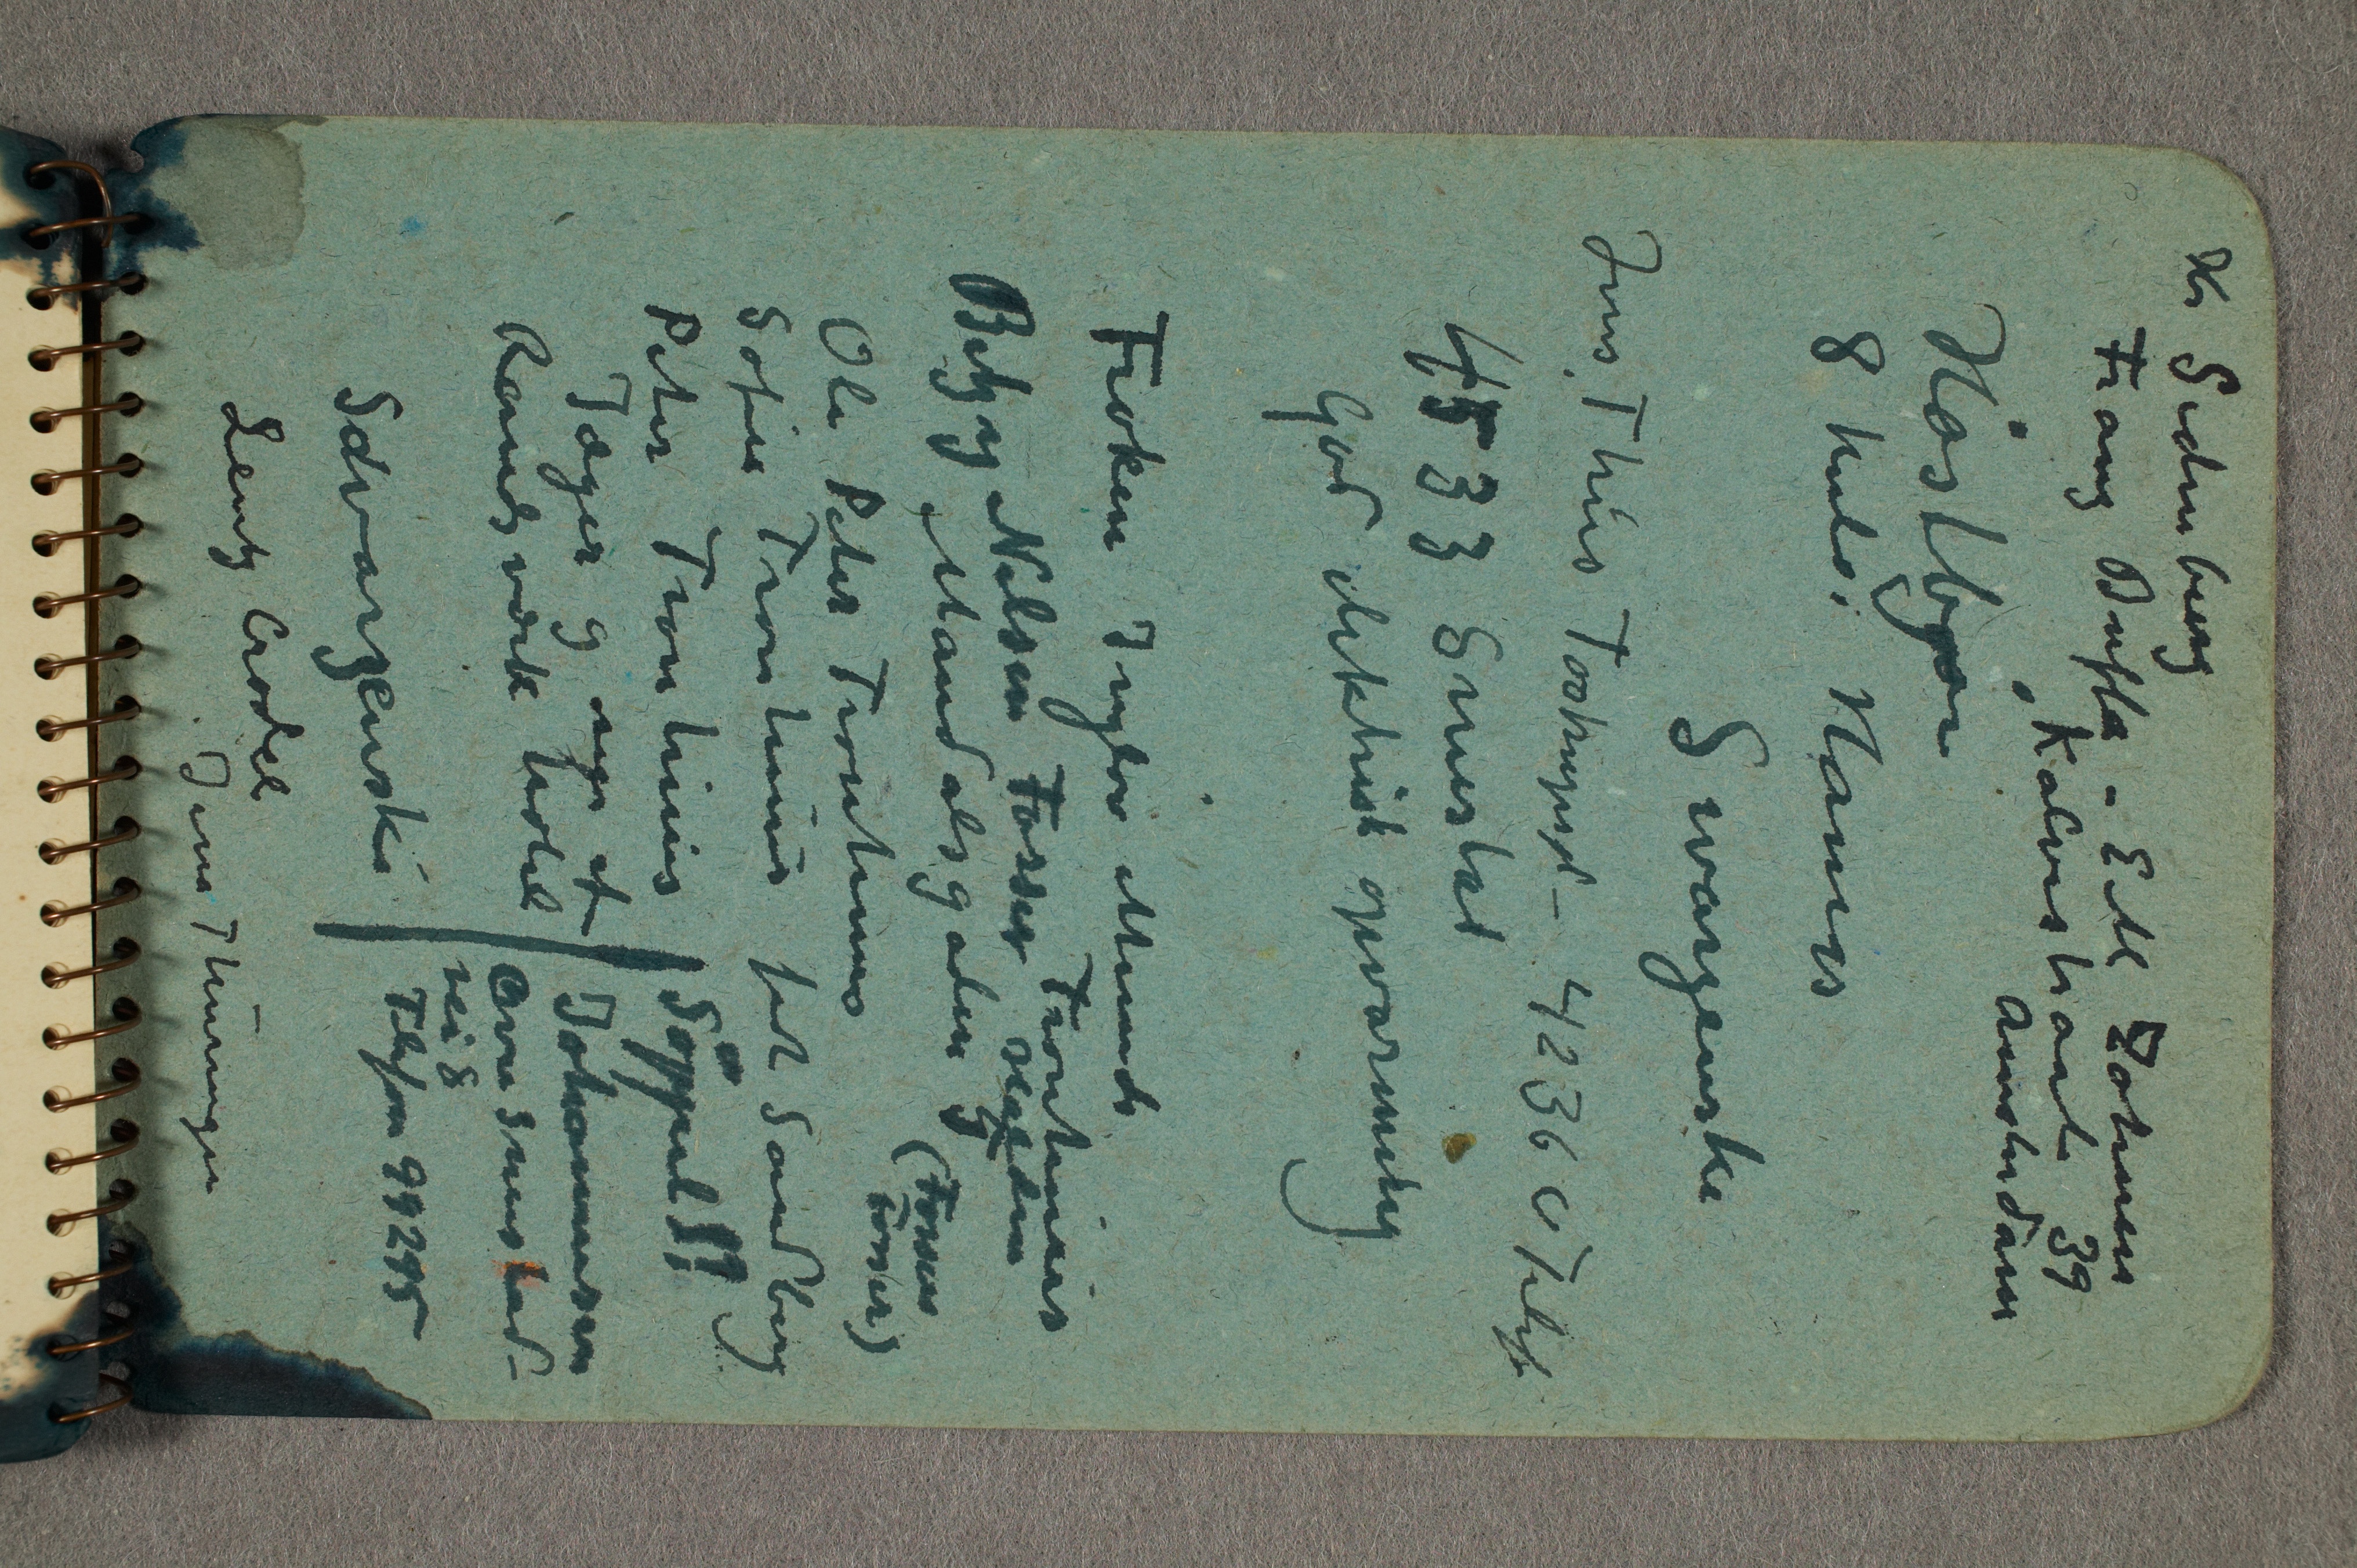
Hr Sidenburg
Franz Buffa – EM Zohnen
Kalverstraat 39
Amsterdam
Høstbjør
8 kuls i Hamar
Swarzenski
Jens Thiis Tostrupsgd – 42360 Telef
4533 Smestad
God elektrisk opvarming

Frøken Inger Munch
Betzy Nilsen Fosser Tronhuus
Halden
Mandalsgaden 5
(Fossen
Fosser)
Ole Peter Trondhuus
Sofie Tronhuus født Sandberg

Peter Tronhuus
Jæger og eiger af
Randsværk hotel
Swarzenski
Lentz Crodel

Jena Thuringen

Søppel??
Johannesen
Øvre Smestad-
vei 8
Telefon 99295